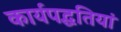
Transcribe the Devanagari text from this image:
कार्यपद्धतियां